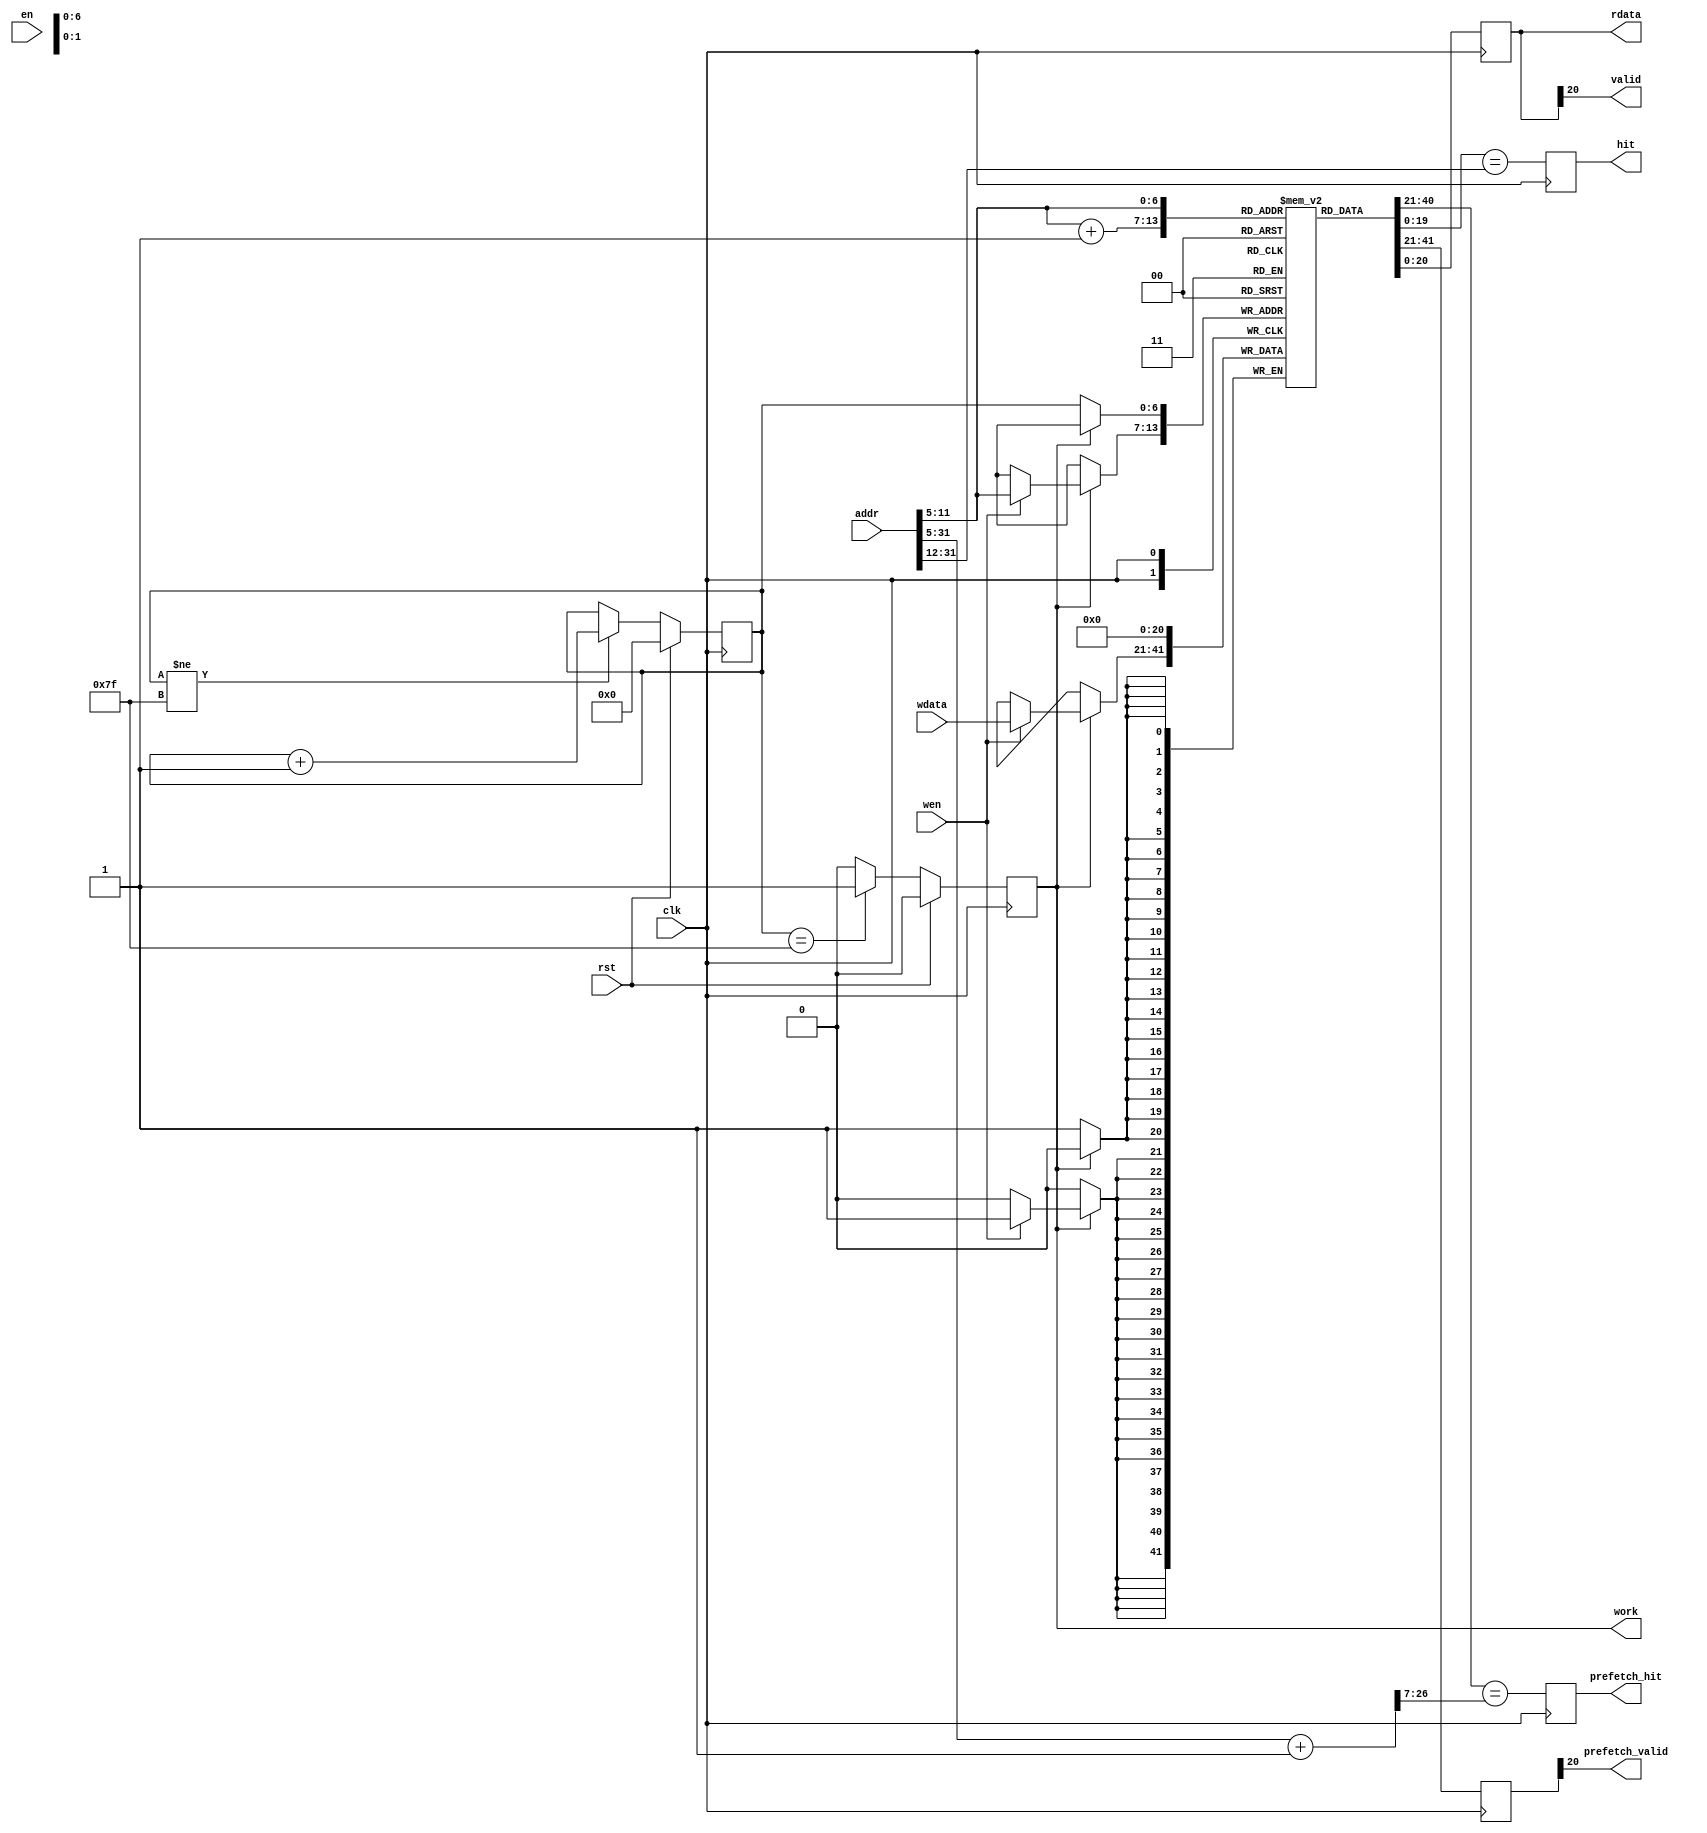
module icache_tag
(
    input         clk,
    input         rst,
    input         en,
    input         wen,
    input   [20:0] wdata,
    output  [20:0] rdata,

    input   [31:0] addr,        //input desired address to check whether hit
    output         hit,         //whether hit?
    output         valid,
    output         work,
    output         prefetch_hit,
    output         prefetch_valid
);

reg [31:0] addr_reg;
always @(posedge clk)
	begin
		if(rst)
		begin
			addr_reg <= 32'b0;
		end
		else
		begin
			addr_reg <= addr;
		end
	end

assign valid = rdata[20];

// `ifdef THIS_IS_THE_OLD_IMPLEMENTATION

// assign hit = (rdata[19:0] == addr_reg[31:12]) ? 1'b1 : 1'b0;

// icache_tag_ram icache_tag_ram_u
// (
//     .clka  (clk            ),   
// //    .rsta   (rst        ),
//     .ena   (en        ),
//     .wea   (wen       ),   //3:0 //TBD
//     .addra (addr[11:5]),   //17:0
//     .dina  (wdata     ),   //31:0
//     .douta (rdata     )    //31:0
// );

// `else

reg [6:0] reset_counter;
wire work_state;
reg work_reg;
always @(posedge clk)
begin
    if(rst)
    begin
        reset_counter <= 7'd0;
    end
    else if(reset_counter != 7'd127)
    begin
        reset_counter <= reset_counter + 7'd1;
    end
end
assign work_state = (reset_counter == 7'd127) ? 1'b1 : 1'b0;
always @(posedge clk)
begin
    if(rst)
    begin
        work_reg <= 1'd0;
    end
    else
    begin
        work_reg <= work_state;
    end
end
assign work = work_reg;
// assign work = 1'b1;

reg [20:0] tag_ram [127:0];
reg [20:0] tag_reg;

integer i;
initial begin
for (i=0;i<128;i=i+1) tag_ram[i] <= 21'd0;
end

always @(posedge clk)
begin
    if (!work) tag_ram[reset_counter] <= 21'b0;
    else  if (wen) tag_ram[addr[11:5]] <= wdata;
end

wire [20:0] tag_out = tag_ram[addr[11:5]];
always @(posedge clk) tag_reg <= tag_out;
assign rdata = tag_reg;

reg hit_reg;
always @(posedge clk) hit_reg <= tag_out[19:0] == addr[31:12];
assign hit = hit_reg;

reg [20:0] prefetch_tag_reg;
always @(posedge clk) prefetch_tag_reg <= prefetch_out;
assign prefetch_valid = prefetch_tag_reg[20];

wire [6:0]prefetch_addr_input = addr[11:5] + 7'd1;
wire [26:0]prefetch_addr = addr[31:5] + 27'd1;
//reg [26:0] prefetch_addr_reg;
//always @(posedge clk) prefetch_addr_reg <= prefetch_addr;
wire [20:0] prefetch_out = tag_ram[prefetch_addr_input];
reg hit_prefetch_reg;
always @(posedge clk) hit_prefetch_reg <=  prefetch_out[19:0] == prefetch_addr[26:7];
assign prefetch_hit = hit_prefetch_reg;
//assign prefetch_hit = prefetch_tag_reg[19:0] == prefetch_addr_reg[26:7];
// `endif


endmodule